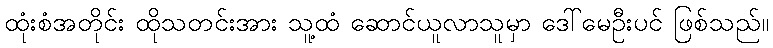
ထုံးစံအတိုင်း ထိုသတင်းအား သူ့ထံ ဆောင်ယူလာသူမှာ ဒေါ်မေဦးပင် ဖြစ်သည်။